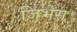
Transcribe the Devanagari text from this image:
जिभेस